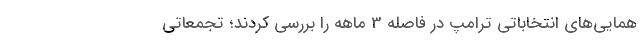
همایی‌های انتخاباتی ترامپ در فاصله 3 ماهه را بررسی کردند؛ تجمعاتی